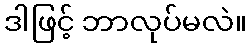
ဒါဖြင့် ဘာလုပ်မလဲ။